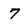
Character: 7